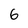
Character: 6